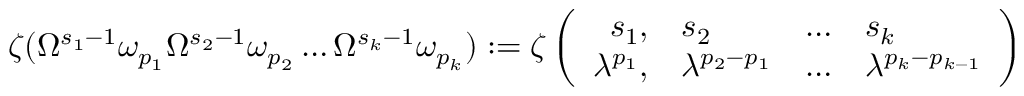
\zeta ( \Omega ^ { s _ { 1 } - 1 } \omega _ { p _ { 1 } } \Omega ^ { s _ { 2 } - 1 } \omega _ { p _ { 2 } } \ldots \Omega ^ { s _ { k } - 1 } \omega _ { p _ { k } } ) : = \zeta \left( \begin{array} { r l c l } { { s _ { 1 } , } } & { { s _ { 2 } } } & { { \ldots } } & { { s _ { k } } } \\ { { \lambda ^ { p _ { 1 } } , } } & { { \lambda ^ { p _ { 2 } - p _ { 1 } } } } & { { \ldots } } & { { \lambda ^ { p _ { k } - p _ { k - 1 } } } } \end{array} \right)